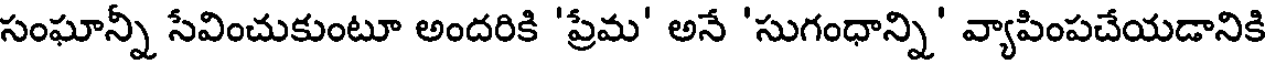
సంఘాన్నీ సేవించుకుంటూ అందరికి 'ప్రేమ' అనే 'సుగంధాన్ని' వ్యాపింపచేయడానికి